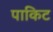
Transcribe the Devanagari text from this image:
पाकिट